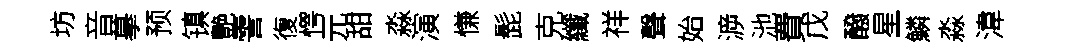
坊音摹预镇艷霅復愕元甜淼演慊髭克纖祥聲始㴑池費戊醱星鱗淼湋